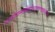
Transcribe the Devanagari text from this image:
यमासाद्योन्माद्यद्विपनियुतगण्डस्थलगल